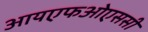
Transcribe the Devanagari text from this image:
आयएफओएससी